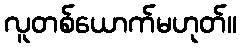
လူတစ်ယောက်မဟုတ်။